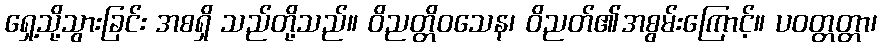
ရှေ့သို့သွားခြင်း အစရှိ သည်တို့သည်။ ဝိညတ္တိဝသေန၊ ဝိညတ်၏အစွမ်းကြောင့်။ ပဝတ္တတ္တာ၊